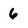
Character: 6